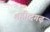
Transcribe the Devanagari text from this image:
शहीदगढ़